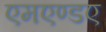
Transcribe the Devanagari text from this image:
एमएण्डए